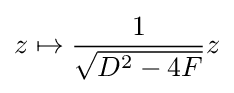
z\mapsto {\frac {1}{\sqrt {D^{2}-4F}}}z